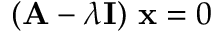
( \mathbf { A } - \lambda \mathbf { I } ) ~ \mathbf { x } = 0